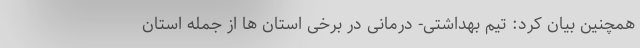
همچنین بیان کرد: تیم بهداشتی- درمانی در برخی استان ها از جمله استان